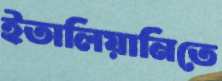
ইতালিয়ানিতে